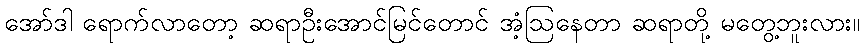
အော်ဒါ ရောက်လာတော့ ဆရာဦးအောင်မြင်တောင် အံ့ဩနေတာ ဆရာတို့ မတွေ့ဘူးလား။